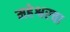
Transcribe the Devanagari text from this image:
महेश्वरचा